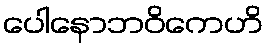
ပေါနောဘဝိကေဟိ